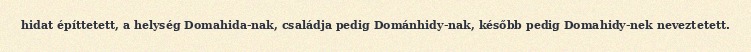
hidat építtetett, a helység Domahida-nak, családja pedig Dománhidy-nak, később pedig Domahidy-nek neveztetett.